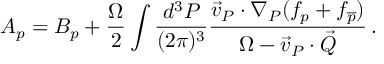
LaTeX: A _ { p } = B _ { p } + \frac { \Omega } { 2 } \int \frac { d ^ { 3 } { \cal P } } { ( 2 \pi ) ^ { 3 } } \frac { \vec { v } _ { \cal P } \cdot \nabla _ { \cal P } ( f _ { p } + f _ { \overline { { p } } } ) } { \Omega - \vec { v } _ { \cal P } \cdot \vec { \cal Q } } \, .